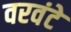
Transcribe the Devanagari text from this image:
वरवंटे